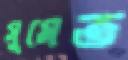
সুমেত